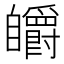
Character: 𮍟